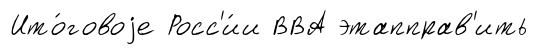
Ито́говоjе Росс'и́и ВВА этапправ'ить